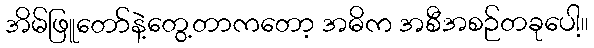
အိမ်ဖြူတော်နဲ့တွေ့တာကတော့ အဓိက အစီအစဉ်တခုပေါ့။